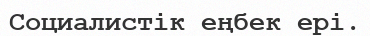
Социалистік еңбек ері.